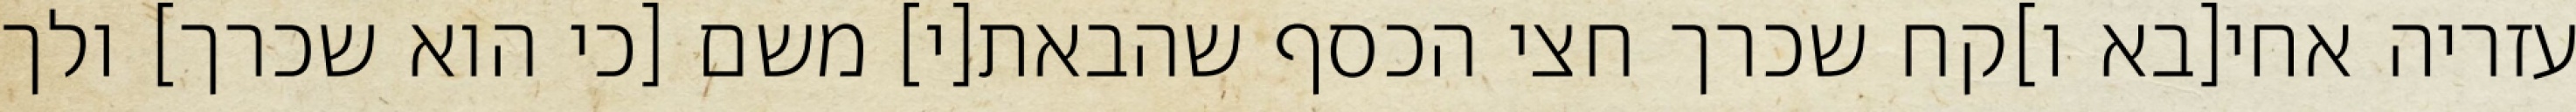
עזריה אחי[בא ו]קח שכרך חצי הכסף שהבאת[י] משם [כי הוא שכרך] ולך